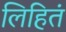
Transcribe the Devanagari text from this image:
लिहितं